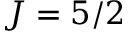
J = 5 / 2